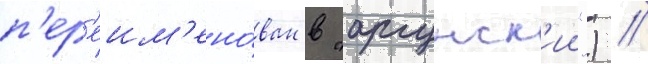
п'ер'еим'ено́ван в "аргунск'ии") //